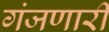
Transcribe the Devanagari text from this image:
गंजणारी